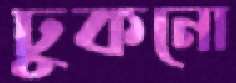
ঢুকনো